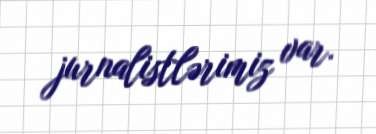
jurnalistlərimiz var.